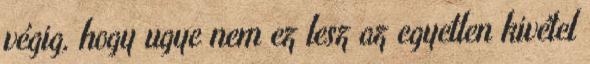
végig, hogy ugye nem ez lesz az egyetlen kivétel